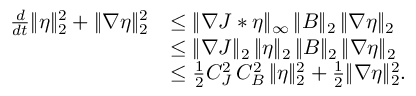
\begin{array} { r l } { \frac { d } { d t } \| \eta \| _ { 2 } ^ { 2 } + \| \nabla \eta \| _ { 2 } ^ { 2 } } & { \leq \| \nabla J * \eta \| _ { \infty } \, \| B \| _ { 2 } \, \| \nabla \eta \| _ { 2 } } \\ & { \leq \| \nabla J \| _ { 2 } \, \| \eta \| _ { 2 } \, \| B \| _ { 2 } \, \| \nabla \eta \| _ { 2 } } \\ & { \leq \frac { 1 } { 2 } C _ { J } ^ { 2 } \, C _ { B } ^ { 2 } \, \| \eta \| _ { 2 } ^ { 2 } + \frac { 1 } { 2 } \| \nabla \eta \| _ { 2 } ^ { 2 } . } \end{array}